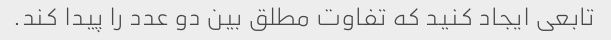
تابعی ایجاد کنید که تفاوت مطلق بین دو عدد را پیدا کند.